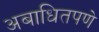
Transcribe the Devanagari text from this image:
अबाधितपणे